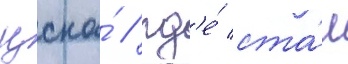
цска́ / гд'е́ ста́л